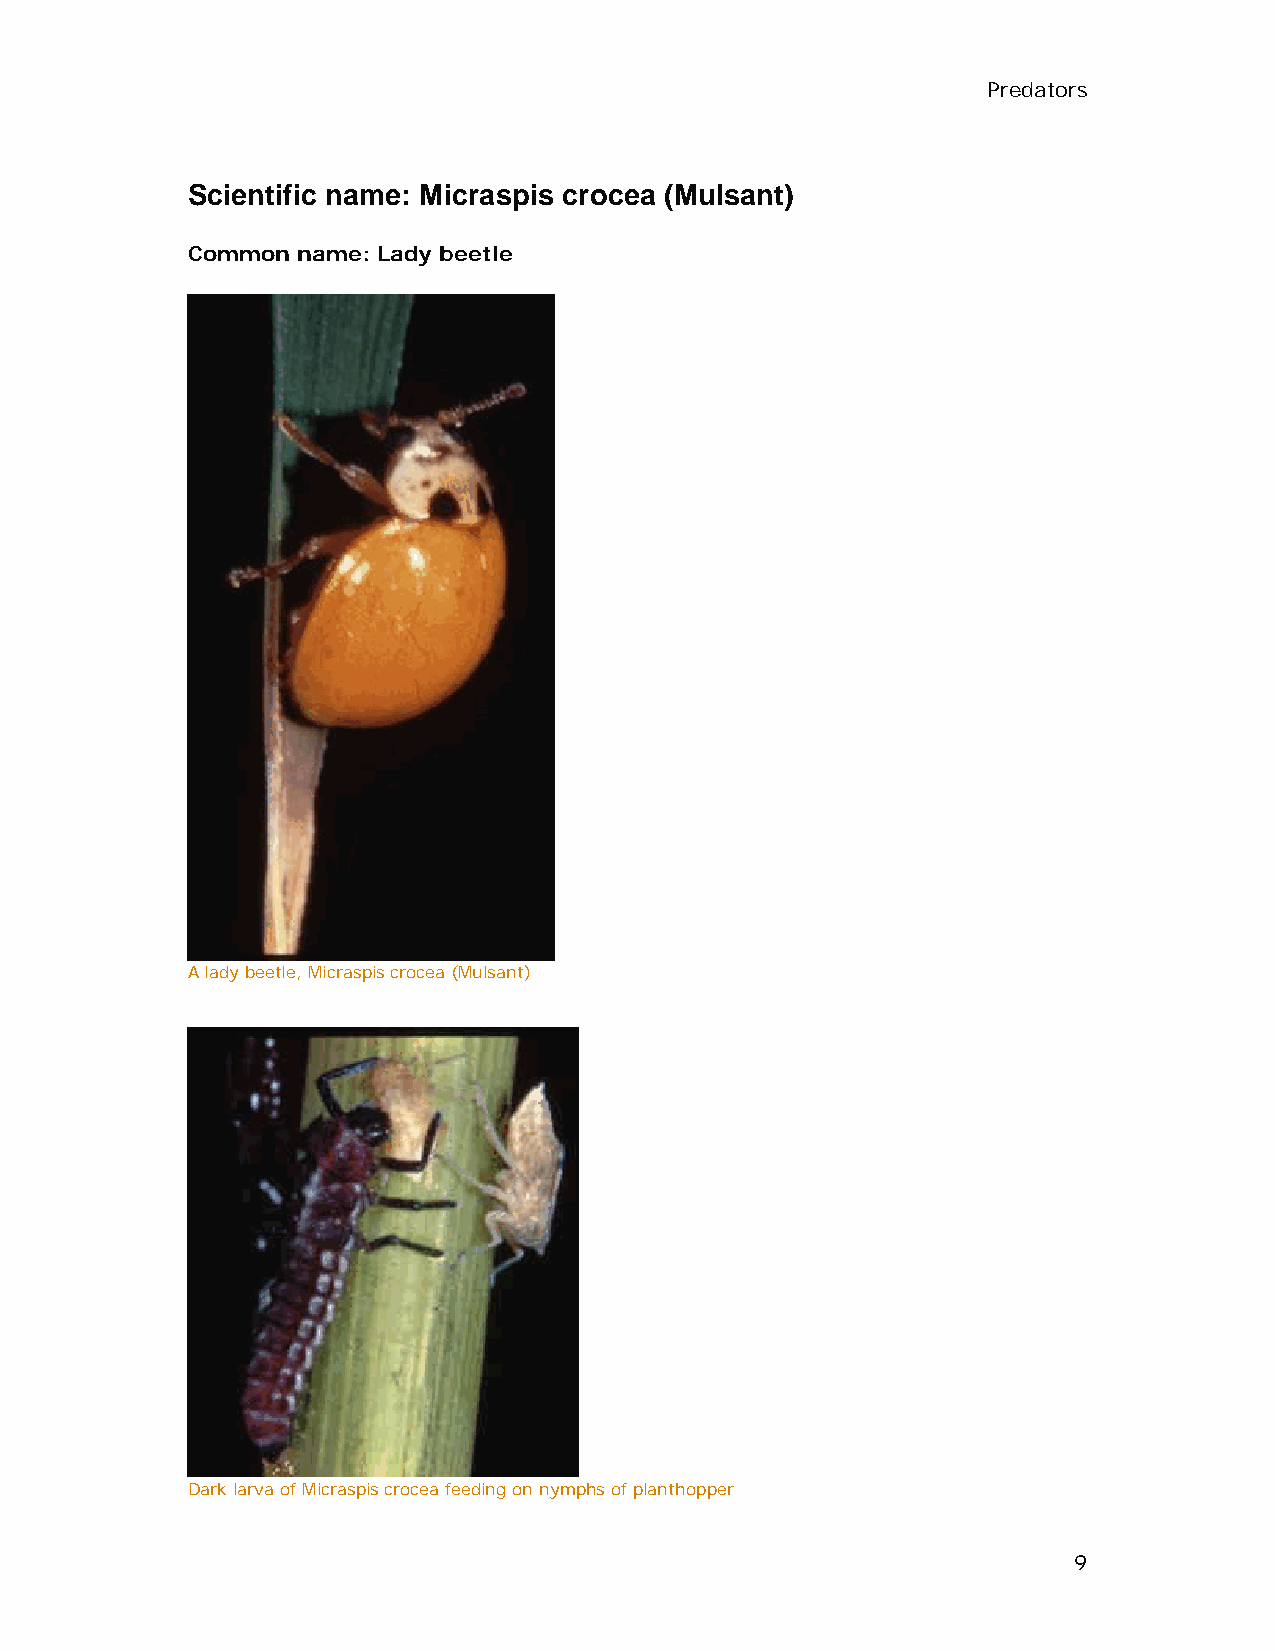
Predators
 Scientific name: Micraspis crocea (Mulsant)
 Common  name: Lady beetle
 A lady beetle, Micraspis crocea (Mulsant)
 Dark larva of Micraspis crocea feeding on nymphs of planthopper
 9